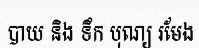
បាយ និង ទឹក បុណ្យ រមែង